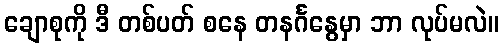
ချောစုကို ဒီ တစ်ပတ် စနေ တနင်္ဂနွေမှာ ဘာ လုပ်မလဲ။